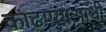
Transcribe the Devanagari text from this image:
काढण्याआधी